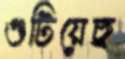
গুটিয়েছ